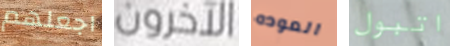
اجعلهم الآخرون العوده اتبول